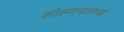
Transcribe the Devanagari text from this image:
कोळपल्यासारखी